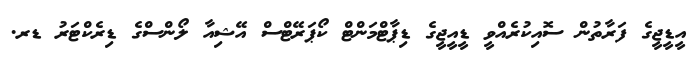
އީޑީޖީގެ ފަރާތުން ސޮއިކުރެއްވީ ޑީއީޖީގެ ޑިޕާޓްމަންޓް ކޯޕަރޭޓްސް އޭޝިއާ ލޯންސްގެ ޑިރެކްޓަރު ޑރ.